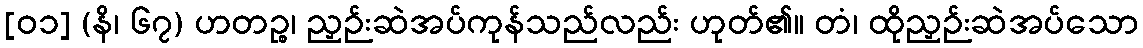
[၀၁] (နိ၊ ၆၇) ဟတဉ္စ၊ ညှဉ်းဆဲအပ်ကုန်သည်လည်း ဟုတ်၏။ တံ၊ ထိုညှဉ်းဆဲအပ်သော